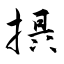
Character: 摂